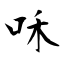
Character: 咊